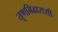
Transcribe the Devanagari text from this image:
तृणबिढारासी